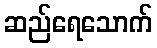
ဆည်ရေသောက်